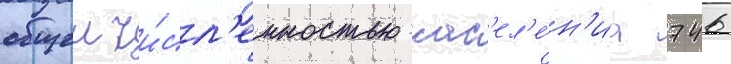
общеи чи́сл'енностью нас'ел'е́н'иа 746